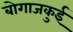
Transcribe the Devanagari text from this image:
बोगाजकुई